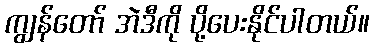
ကျွန်တော် အဲဒီကို ပို့ပေးနိုင်ပါတယ်။